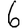
Digit: 6